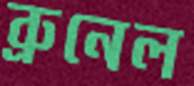
ব্রুনেল